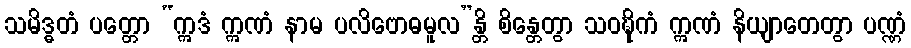
သမိဒ္ဓတံ ပတ္တော “ဣဒံ ဣဏံ နာမ ပလိဗောဓမူလ”န္တိ စိန္တေတွာ သဝဍ္ဎိကံ ဣဏံ နိယျာတေတွာ ပဏ္ဏံ